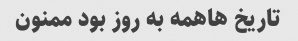
تاریخ هاهمه به روز بود ممنون